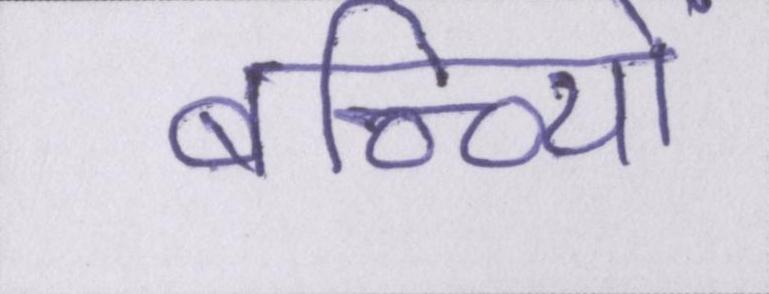
बच्च्यिों